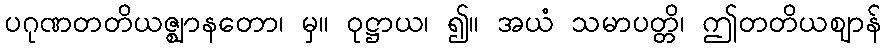
ပဂုဏတတိယဇ္ဈာနတော၊ မှ။ ဝုဋ္ဌာယ၊ ၍။ အယံ သမာပတ္တိ၊ ဤတတိယဈာန်